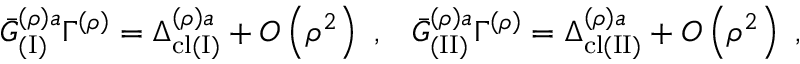
{ \bar { { \cal G } } } _ { ( \mathrm { I } ) } ^ { \left( \rho \right) a } \Gamma ^ { \left( \rho \right) } = \Delta _ { \mathrm { c l } ( \mathrm { I } ) } ^ { \left( \rho \right) a } + O \left( \rho ^ { 2 } \right) \, \, , \; \; \; { \bar { { \cal G } } } _ { ( \mathrm { I I } ) } ^ { \left( \rho \right) a } \Gamma ^ { \left( \rho \right) } = \Delta _ { \mathrm { c l } ( \mathrm { I I } ) } ^ { \left( \rho \right) a } + O \left( \rho ^ { 2 } \right) \, \, ,